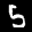
Digit: 5